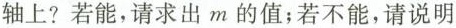
轴上?若能，请求出m的值；若不能，请说明